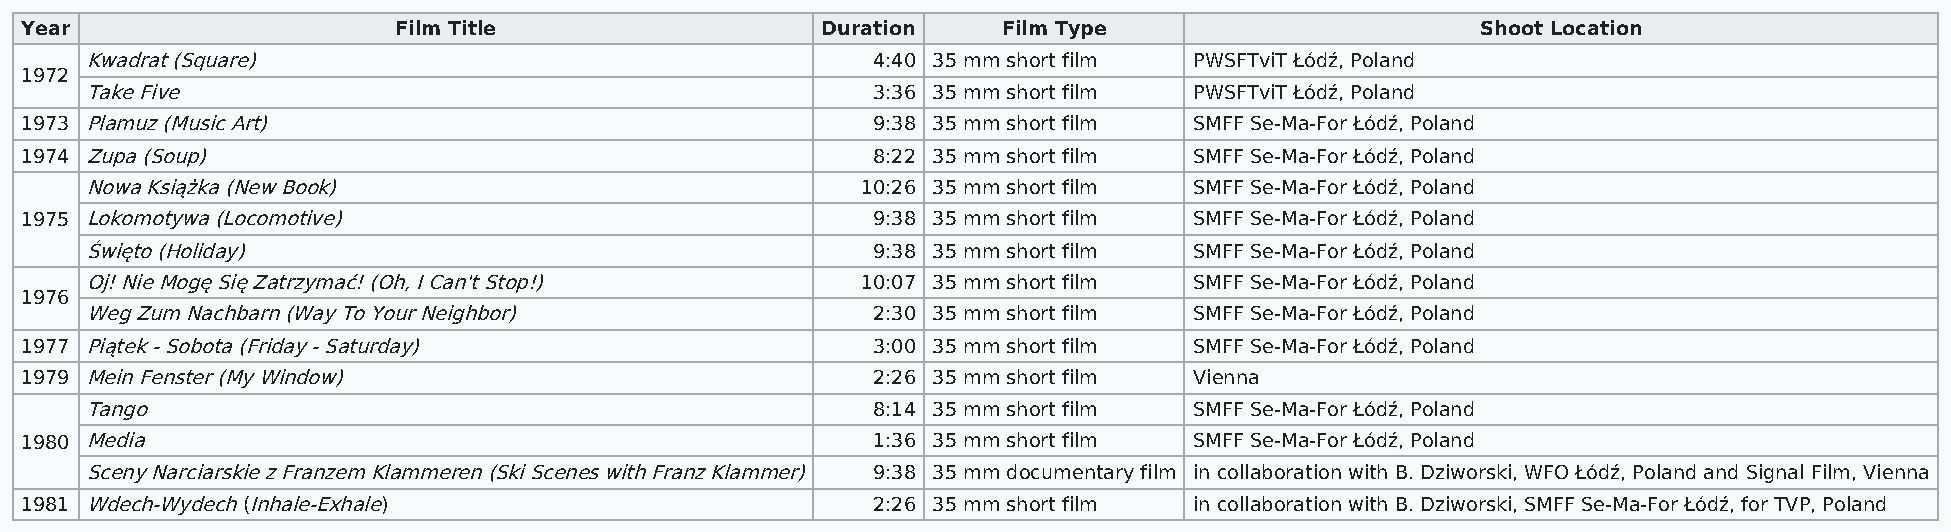
Year                     Film Title                  Duration    Film Type                       Shoot Location
 Kwadrat (Square)                                    4:40 35 mm short film PWSFTviT Łódź, Poland
 1972
 Take Five                                           3:36 35 mm short film PWSFTviT Łódź, Poland
 1973 Plamuz (Music Art)                                  9:38 35 mm short film SMFF Se-Ma-For Łódź, Poland
 1974 Zupa (Soup)                                         8:22 35 mm short film SMFF Se-Ma-For Łódź, Poland
 Nowa Książka (New Book)                            10:26 35 mm short film SMFF Se-Ma-For Łódź, Poland
 1975 Lokomotywa (Locomotive)                             9:38 35 mm short film SMFF Se-Ma-For Łódź, Poland
 Święto (Holiday)                                    9:38 35 mm short film SMFF Se-Ma-For Łódź, Poland
 Oj! Nie Mogę Się Zatrzymać! (Oh, I Can't Stop!)    10:07 35 mm short film SMFF Se-Ma-For Łódź, Poland
 1976
 Weg Zum Nachbarn (Way To Your Neighbor)             2:30 35 mm short film SMFF Se-Ma-For Łódź, Poland
 1977 Piątek - Sobota (Friday - Saturday)                 3:00 35 mm short film SMFF Se-Ma-For Łódź, Poland
 1979 Mein Fenster (My Window)                            2:26 35 mm short film Vienna
 Tango                                               8:14 35 mm short film SMFF Se-Ma-For Łódź, Poland
 1980 Media                                               1:36 35 mm short film SMFF Se-Ma-For Łódź, Poland
 Sceny Narciarskie z Franzem Klammeren (Ski Scenes with Franz Klammer) 9:38 35 mm documentary film in collaboration with B. Dziworski, WFO Łódź, Poland and Signal Film, Vienna
 1981 Wdech-Wydech (Inhale-Exhale)                        2:26 35 mm short film in collaboration with B. Dziworski, SMFF Se-Ma-For Łódź, for TVP, Poland